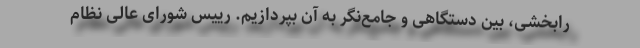
رابخشی، بین دستگاهی و جامع‌نگر به آن بپردازیم. رییس شورای عالی نظام